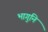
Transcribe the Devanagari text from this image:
भागुनि